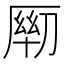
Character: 𰆦